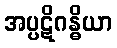
အပ္ပဋိဂန္ဓိယာ